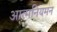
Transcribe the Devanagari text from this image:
आत्मनियमन